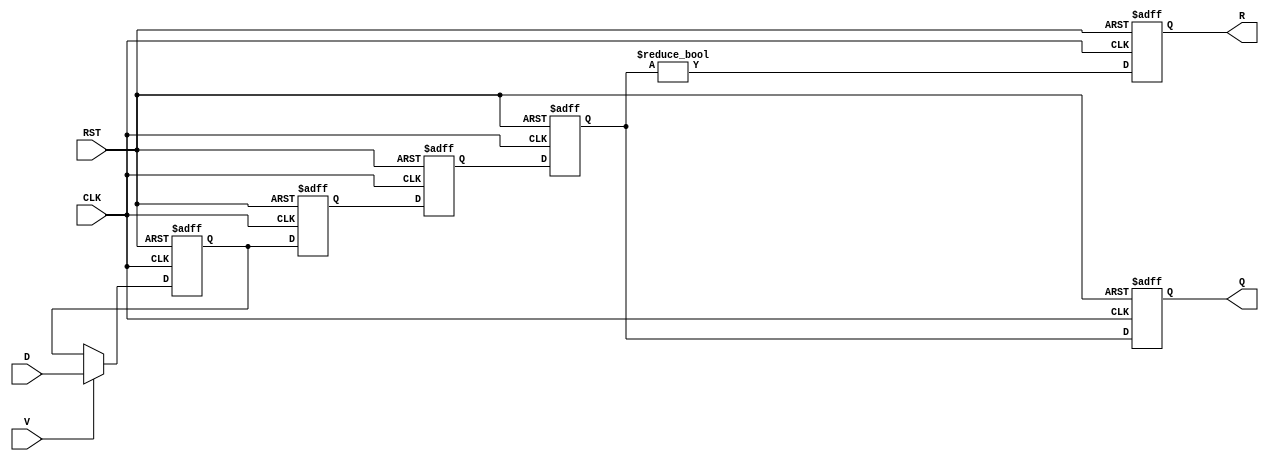
module PipelineBuffer #(
    parameter DATA_WIDTH = 8,  // Width of the data input
    parameter STAGE_DEPTH = 4   // Number of stages in the pipeline
)(
    input wire [DATA_WIDTH-1:0] D,     // Data input
    input wire CLK,                     // Clock signal
    input wire RST,                     // Asynchronous reset
    input wire V,                       // Valid signal
    output reg [DATA_WIDTH-1:0] Q,      // Data output
    output reg R                        // Ready signal
);

    // Internal registers for pipeline stages
    reg [DATA_WIDTH-1:0] stage [0:STAGE_DEPTH-1];

    integer i;

    always @(posedge CLK or posedge RST) begin
        if (RST) begin
            // Clear all stages on reset
            for (i = 0; i < STAGE_DEPTH; i = i + 1) begin
                stage[i] <= 0;
            end
            Q <= 0;
            R <= 0;
        end else begin
            // Shift data through the pipeline
            if (V) begin
                // Latch the input data into the first stage
                stage[0] <= D;
            end
            
            // Shift data to the next stages
            for (i = 1; i < STAGE_DEPTH; i = i + 1) begin
                stage[i] <= stage[i-1];
            end
            
            // Update output and ready signal
            Q <= stage[STAGE_DEPTH-1];
            R <= (stage[STAGE_DEPTH-1] != 0); // Indicate readiness based on last stage data
        end
    end

endmodule